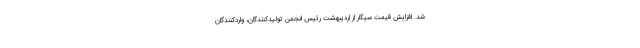
شد. افزایش قیمت سیگار از اردیبهشت رئیس انجمن تولیدکنندگان، واردکنندگان